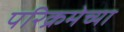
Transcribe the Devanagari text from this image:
परिक्रमेच्या